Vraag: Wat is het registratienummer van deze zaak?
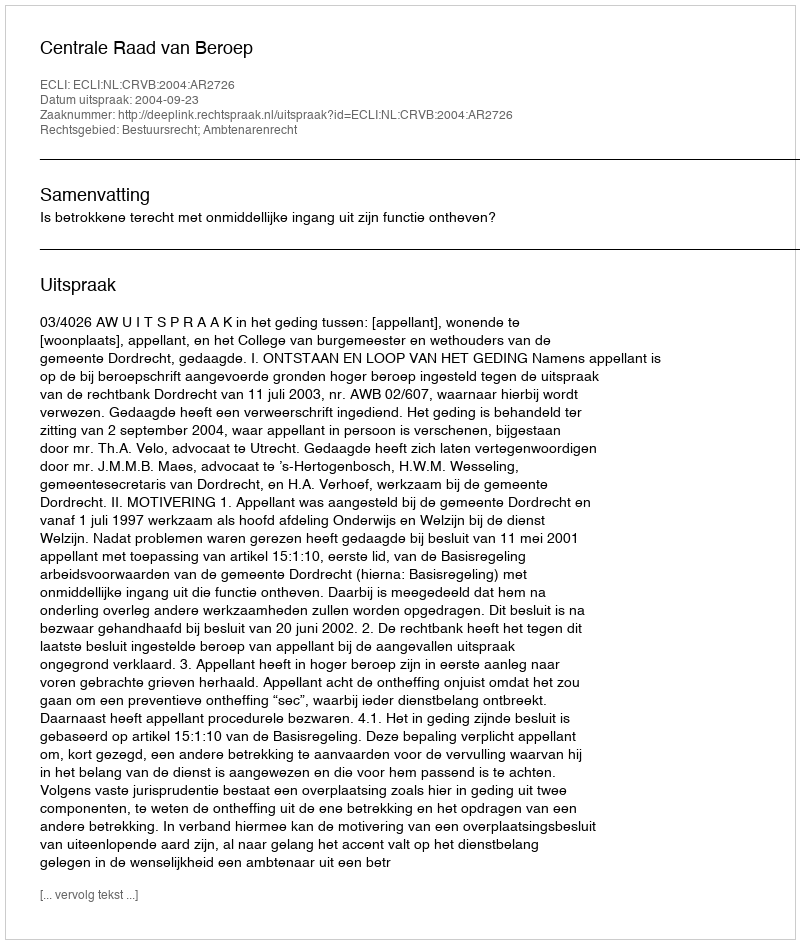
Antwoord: http://deeplink.rechtspraak.nl/uitspraak?id=ECLI:NL:CRVB:2004:AR2726